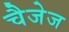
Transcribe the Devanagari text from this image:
चैजेज